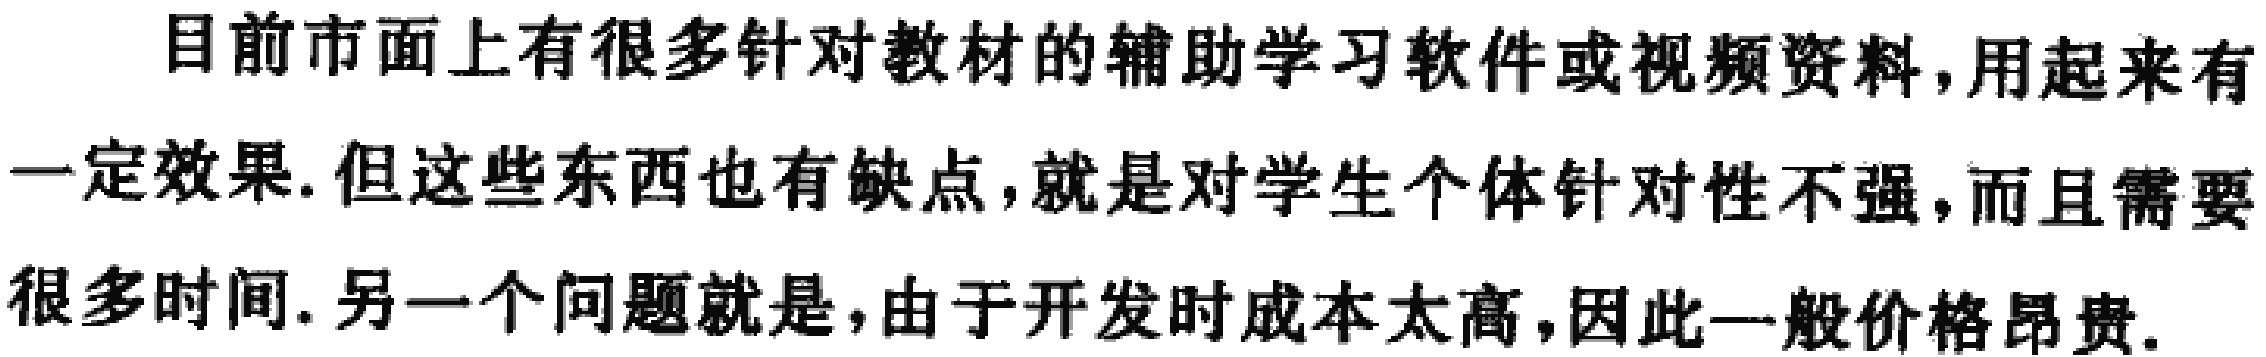
目前市面上有很多针对教材的辅助学习软件或视频资料,用起来有一定效果. 但这些东西也有缺点,就是对学生个体针对性不强,而且需要很多时间. 另一个问题就是,由于开发时成本太高,因此一般价格昂贵.